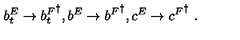
b _ { t } ^ { E } \rightarrow { b _ { t } ^ { F } } ^ { \dagger } , b ^ { E } \rightarrow { b ^ { F } } ^ { \dagger } , c ^ { E } \rightarrow { c ^ { F } } ^ { \dagger } \ .